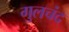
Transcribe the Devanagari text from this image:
गुलचंद